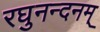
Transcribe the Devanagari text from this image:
रघुनन्दनम्‌